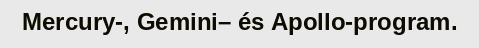
Mercury-, Gemini– és Apollo-program.